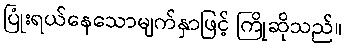
ပြုံးရယ်နေသောမျက်နှာဖြင့် ကြိုဆိုသည်။